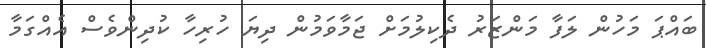
ބައްޕަ މަހުން ލަފާ މަންޒަރު ދެކިލުމަށް ޖަމާވަމުން ދިޔަ ހުރިހާ ކުދިންވެސް އެއްގަމާ